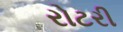
રોટરી